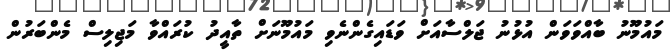
މައުމޫނު ބާއްވަވަން އުޅުނު ޖަލްސާއަށް ވަޑައިގެންނެވި މައުމޫނަށް ތާއީދު ކުރައްވާ މަޖިލިސް މެންބަރުން